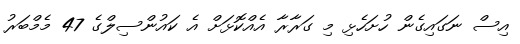
އިސް ނަގައިގެން ހުށަހެޅި މި ގަރާރާ އެއްކޮޅަށް އެ ކައުންސިލްގެ 47 މެމްބަރު